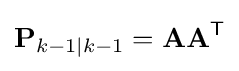
\mathbf {P} _{k-1\mid k-1}=\mathbf {AA} ^{\textsf {T}}